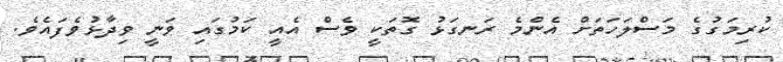
ކުރިމަގުގެ މަސްލަހަތަށް އެންމެ ރަނގަޅު ގޮތަކީ ވެސް އެއީ ކަމުގައި ވަނީ ވިދާޅުވެފައެވެ.